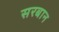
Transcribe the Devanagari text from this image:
सरबान